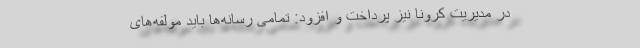
در مدیریت کرونا نیز پرداخت و افزود: تمامی رسانه‌ها باید مولفه‌های